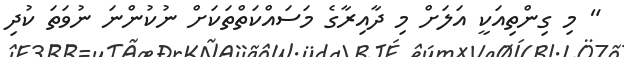
" މި ގިންތިއަކީ އަލަށް މި ދާއިރާގެ މަސައްކަތްތަކަށް ނުކުންނަ ނުވަތަ ކުދި